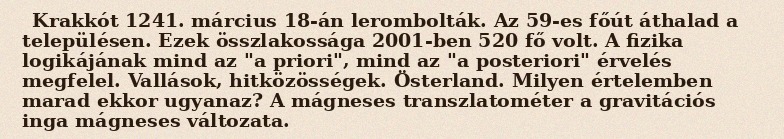
Krakkót 1241. március 18-án lerombolták. Az 59-es főút áthalad a településen. Ezek összlakossága 2001-ben 520 fő volt. A fizika logikájának mind az "a priori", mind az "a posteriori" érvelés megfelel. Vallások, hitközösségek. Österland. Milyen értelemben marad ekkor ugyanaz? A mágneses transzlatométer a gravitációs inga mágneses változata.